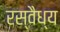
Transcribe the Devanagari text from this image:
रस्वैध्य